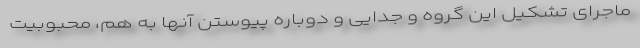
ماجرای تشکیل این گروه و جدایی‌ و دوباره پیوستن آنها به هم، محبوبیت